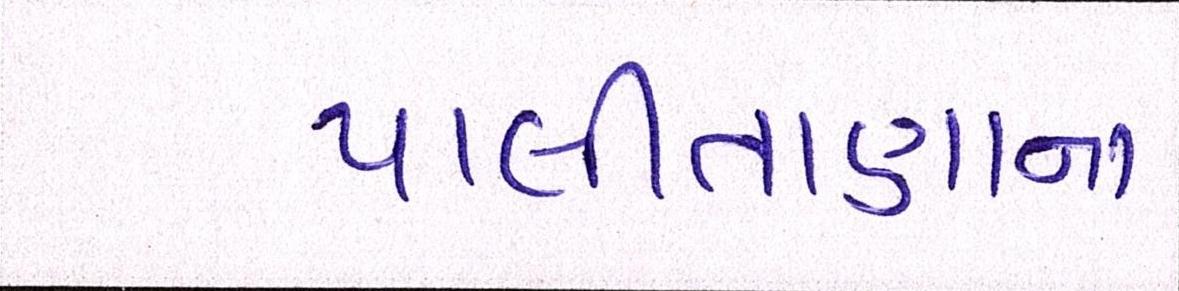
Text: પાલીતાણાના